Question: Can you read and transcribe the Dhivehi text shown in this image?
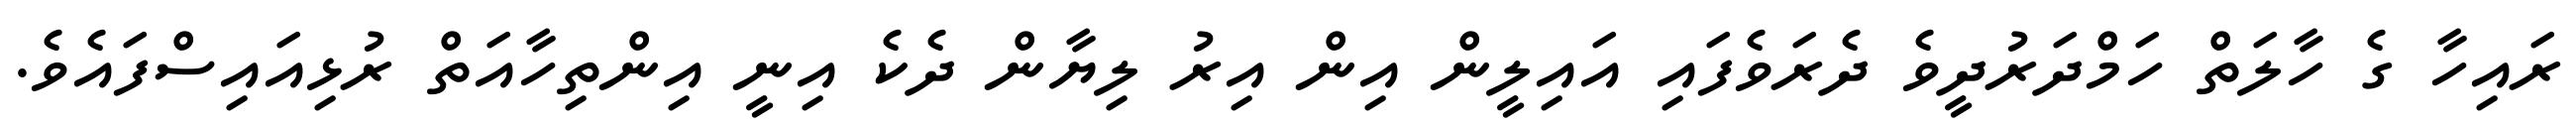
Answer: ރައިހާ ގެ ހާލަތް ހަމްދަރުދީވެ ދެރަވެފައި އައިލީން އިން އިރު ލިޔާން ދެކެ އިނީ އިންތިހާއަތް ރުޅިއައިސްފައެވެ.